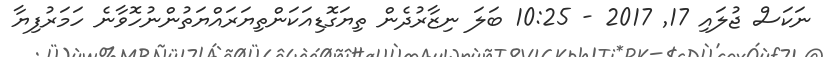
ނަކަސް ޖުލައި 17